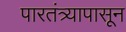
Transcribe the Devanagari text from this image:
पारतंत्र्यापासून